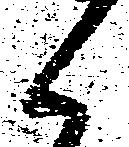
候